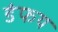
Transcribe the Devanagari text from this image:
डंफय